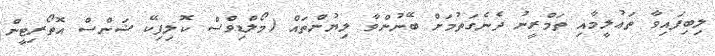
ލިބިފައިވާ ތަޢުލީމާއި ތަމްރީނު ދެނެގަތުމަށް ބޭނުންވާ ލިޔުންތައް (މޯލްޑިވްސް ކޮލިފިކޭ ޝަންސް އޮތޯރިޓީން